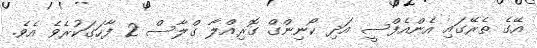
އޭގެ ތެރޭގައި އެންއެފްސީ އަދި ކޯނިންގް ގޮރިއްލާ ގްލާސް 2 ފާހަގަކުރެވެ އެވެ.